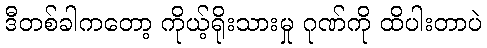
ဒီတစ်ခါကတော့ ကိုယ့်ရိုးသားမှု ဂုဏ်ကို ထိပါးတာပဲ